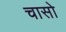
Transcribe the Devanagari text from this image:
चासो